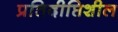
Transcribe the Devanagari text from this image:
प्रतिदीप्तिशील